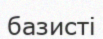
базисті